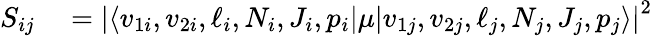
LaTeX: \begin{array}{rl}{S_{ij}}&{{}=\left\lvert\langle v_{1i},v_{2i},\ell_{i},N_{i},J_{i},p_{i}\lvert\mu\lvert v_{1j},v_{2j},\ell_{j},N_{j},J_{j},p_{j}\rangle\right\lvert^{2}}\end{array}